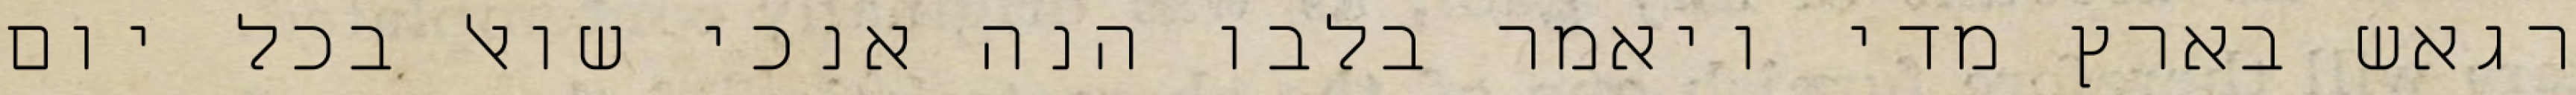
רגאש בארץ מדי ויאמר בלבו הנה אנכי שואל בכל יום